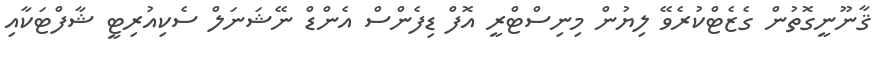
ޤާނޫނީގޮތުން ގެޒެޓްކުރެވޭ ލިޔުން މިނިސްޓްރީ އޮފް ޑިފެންސް އެންޑް ނޭޝަނަލް ސެކިއުރިޓީ ޝާފްޓަކާއި